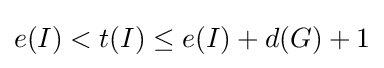
e(I)<t(I)\leq e(I)+d(G)+1